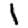
Digit: 1